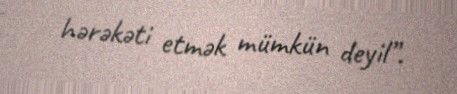
hərəkəti etmək mümkün deyil”.